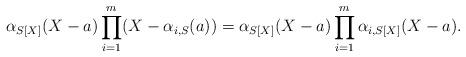
LaTeX: \begin{align*}\alpha_{S[X]} (X- a)\prod_{i=1}^{m} (X - \alpha_{i,S}(a))= \alpha_{S[X]} (X - a)\prod_{i=1}^m \alpha_{i,S[X]}(X - a).\end{align*}